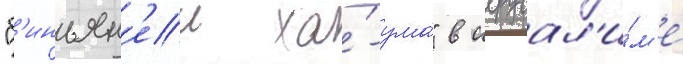
"б'иньян'еи ха́-ума́" в иерусал'и́м'е